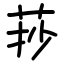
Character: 莏